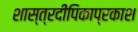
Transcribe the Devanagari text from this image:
शास्त्रदीपिकाप्रकाश